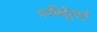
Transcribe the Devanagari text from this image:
परीक्षेपुरते